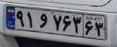
۹۱و۷۶۳۶۳